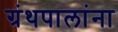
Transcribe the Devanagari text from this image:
ग्रंथपालांना